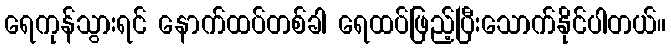
ရေကုန်သွားရင် နောက်ထပ်တစ်ခါ ရေထပ်ဖြည့်ပြီးသောက်နိုင်ပါတယ်။